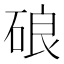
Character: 硠